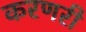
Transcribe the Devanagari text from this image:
करणरी